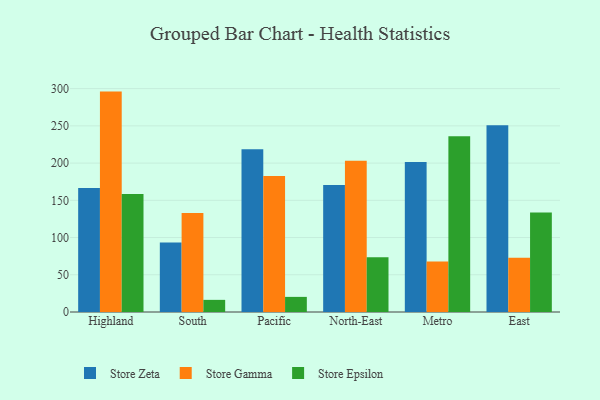
{"axis": {"x": "Region", "y": "Bounce Rate (%)"}, "legend": ["Store Epsilon", "Store Gamma", "Store Zeta"], "data": [{"x": "Highland", "y": 166.4, "type": "Store Zeta"}, {"x": "Highland", "y": 296.0, "type": "Store Gamma"}, {"x": "Highland", "y": 158.4, "type": "Store Epsilon"}, {"x": "South", "y": 93.2, "type": "Store Zeta"}, {"x": "South", "y": 133.0, "type": "Store Gamma"}, {"x": "South", "y": 16.3, "type": "Store Epsilon"}, {"x": "Pacific", "y": 218.6, "type": "Store Zeta"}, {"x": "Pacific", "y": 182.7, "type": "Store Gamma"}, {"x": "Pacific", "y": 20.3, "type": "Store Epsilon"}, {"x": "North-East", "y": 170.7, "type": "Store Zeta"}, {"x": "North-East", "y": 203.1, "type": "Store Gamma"}, {"x": "North-East", "y": 73.5, "type": "Store Epsilon"}, {"x": "Metro", "y": 201.6, "type": "Store Zeta"}, {"x": "Metro", "y": 67.8, "type": "Store Gamma"}, {"x": "Metro", "y": 236.1, "type": "Store Epsilon"}, {"x": "East", "y": 250.9, "type": "Store Zeta"}, {"x": "East", "y": 72.8, "type": "Store Gamma"}, {"x": "East", "y": 133.7, "type": "Store Epsilon"}]}